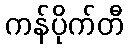
ကန်ပိုက်တီ